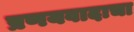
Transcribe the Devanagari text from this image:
प्रणयवादाचा